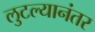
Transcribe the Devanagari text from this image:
लुटल्यानंतर